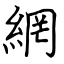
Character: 網